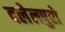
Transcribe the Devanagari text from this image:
दलेलपुरो